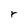
Character: r